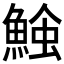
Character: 𩸈